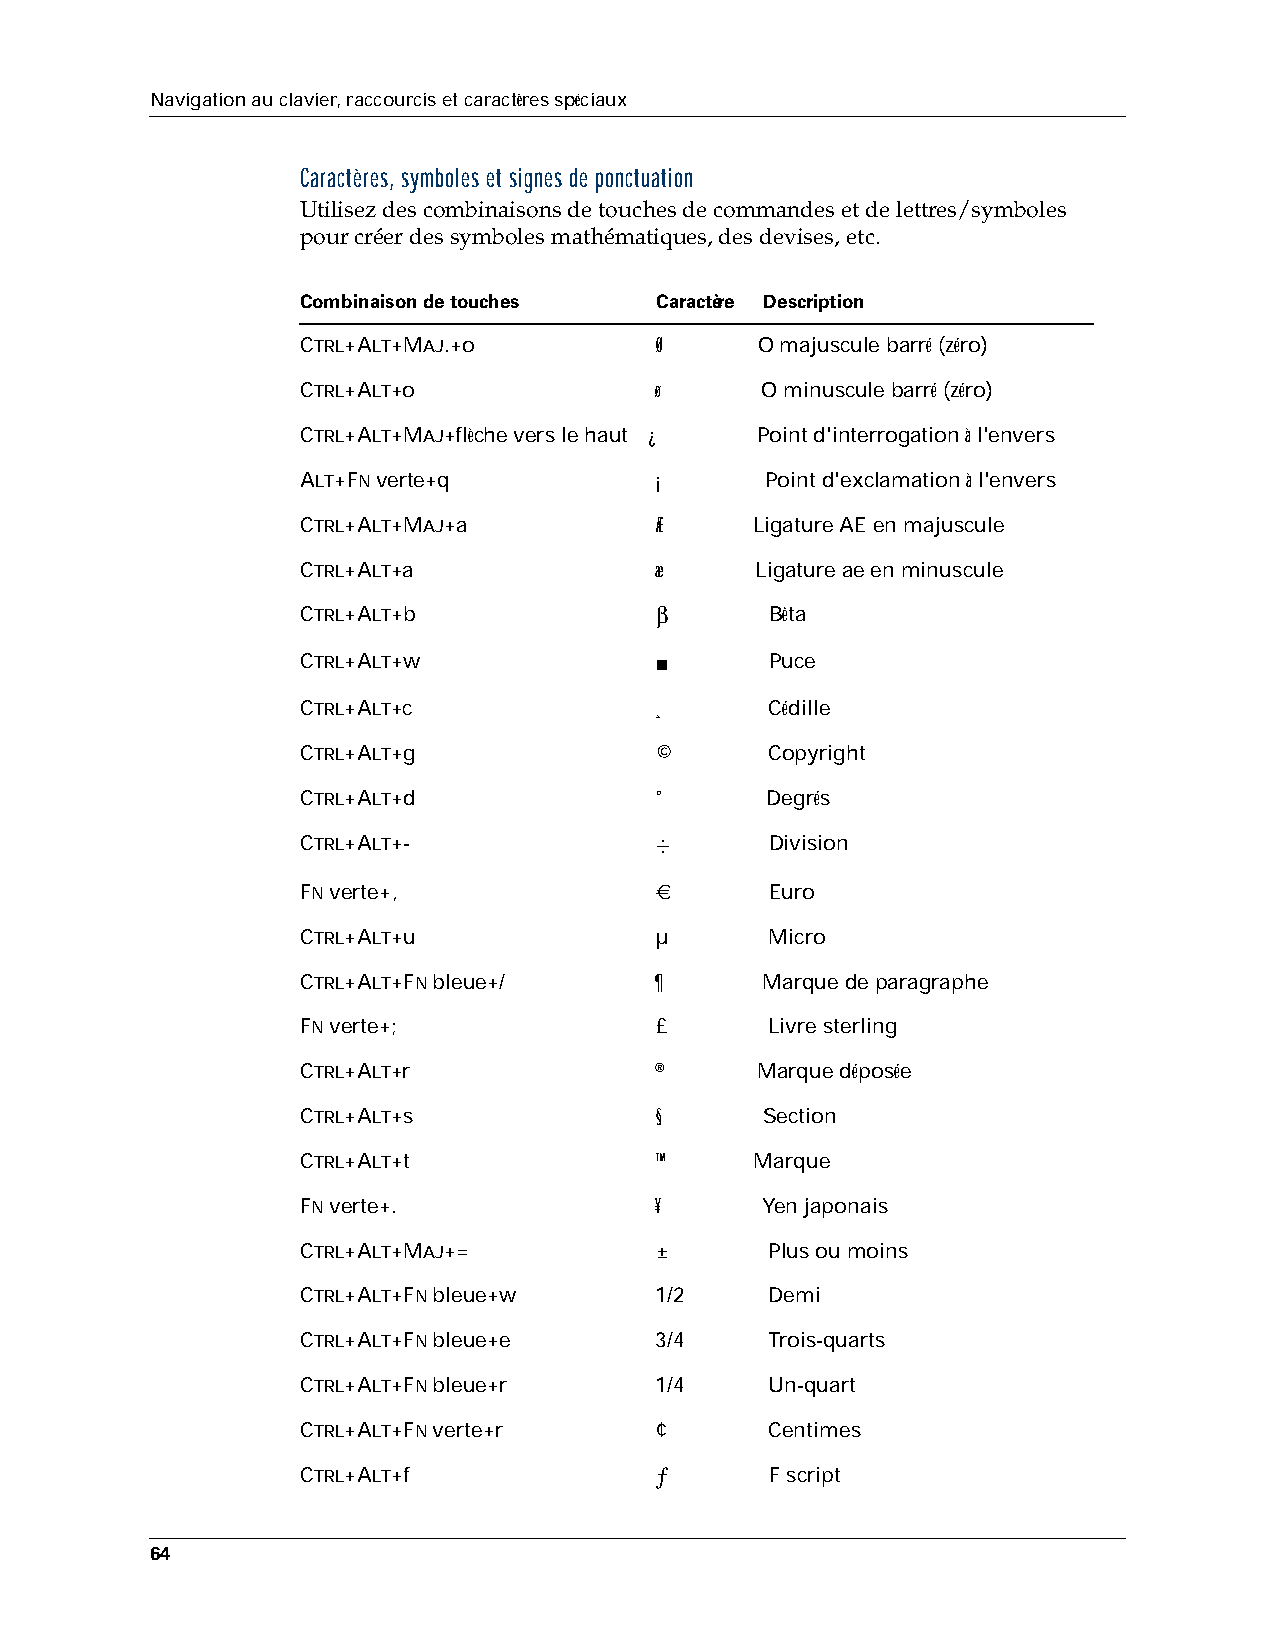
Navigation au clavier, raccourcis et caractères spéciaux
 Caractères, symboles et signes de ponctuation
 Utilisez des combinaisons de touches de commandes et de lettres/symboles
 pourcréer des symboles mathématiques, des devises, etc.
 Combinaison de touches Caractère Description
 CTRL+ALT+MAJ.+o        Ø      O majuscule barré (zéro)
 CTRL+ALT+o             ø      O minuscule barré (zéro)
 CTRL+ALT+MAJ+flèche vers le haut ¿ Point d'interrogation à l'envers
 ALT+FN verte+q         ¡       Point d'exclamation à l'envers
 CTRL+ALT+MAJ+a         Æ      Ligature AE en majuscule
 CTRL+ALT+a             æ      Ligature ae en minuscule
 CTRL+ALT+b             β       Bêta
 CTRL+ALT+w             ■       Puce
 CTRL+ALT+c             ¸       Cédille
 CTRL+ALT+g             ©       Copyright
 CTRL+ALT+d             °       Degrés
 CTRL+ALT+-             ÷       Division
 FN verte+,             €       Euro
 CTRL+ALT+u             µ       Micro
 CTRL+ALT+FN bleue+/    ¶       Marque de paragraphe
 FN verte+;             £       Livre sterling
 CTRL+ALT+r             ®      Marque déposée
 CTRL+ALT+s             §       Section
 CTRL+ALT+t             ™      Marque
 FN verte+.             ¥       Yen japonais
 CTRL+ALT+MAJ+=         ±       Plus ou moins
 CTRL+ALT+FN bleue+w    1/2     Demi
 CTRL+ALT+FN bleue+e    3/4     Trois-quarts
 CTRL+ALT+FN bleue+r    1/4     Un-quart
 CTRL+ALT+FN verte+r    ¢       Centimes
 CTRL+ALT+f             ƒ       F script
 64